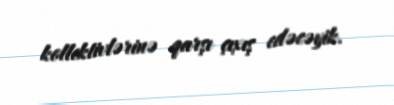
kollektivlərinə qarşı çıxış edəcəyik.